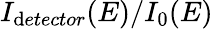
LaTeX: I_{\mathrm{d}etector}(E)/I_{0}(E)